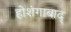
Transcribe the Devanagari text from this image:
होशंगाबाद्